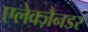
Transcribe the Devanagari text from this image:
एलेक्ज़ैनडर